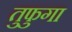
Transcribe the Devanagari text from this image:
तुफुगा